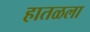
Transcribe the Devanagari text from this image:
हातळला